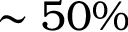
\sim 5 0 \%